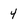
Character: 4